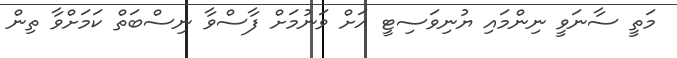
މަތީ ސާނަވީ ނިންމައި ޔުނިވަސިޓީ އަށް ވަނުމަށް ފާސްވާ ނިސްބަތް ކަމަށްވާ ތިން